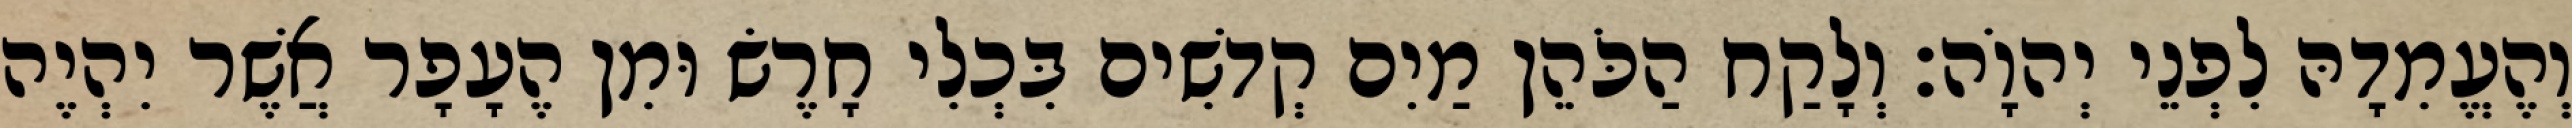
וְהֶעֱמִדָהּ לִפְנֵי יְהוָֹה׃ וְלָקַח הַכֹּהֵן מַיִם קְדשִׁים בִּכְלִי חָרֶשׂ וּמִן הֶעָפָר אֲשֶׁר יִהְיֶה